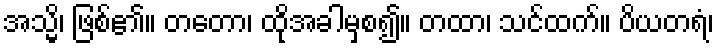
အသ္မိ၊ ဖြစ်၏။ တတော၊ ထိုအခါမှစ၍။ တထာ၊ သင်ထက်။ ပိယတရံ၊